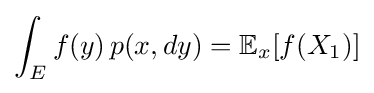
\int _{E}f(y)\,p(x,dy)=\mathbb {E} _{x}[f(X_{1})]